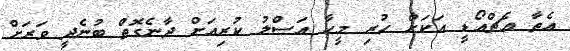
އެތާ އެޗްއޯޑީ އަކަށް ހުރި މީހާ އަސްލު ކުރިއަށް ދާނެގޮތް ބުނެދީ ވަރަށް